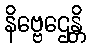
နိဗ္ဗေဌေန္တိ